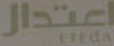
اعتدال